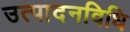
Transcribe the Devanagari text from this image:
उत्पादनविधि